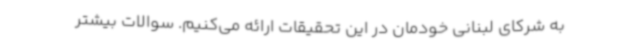
به شرکای لبنانی‌ خودمان در این تحقیقات ارائه می‌کنیم. سوالات بیشتر